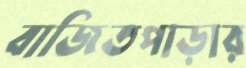
বাজিতপাড়ার